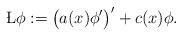
LaTeX: \begin{align*} \L \phi := \big(a(x) \phi'\big)' + c(x)\phi.\end{align*}